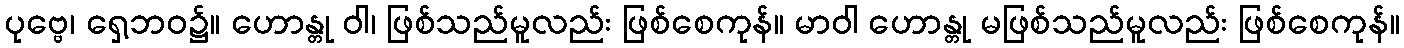
ပုဗ္ဗေ၊ ရှေ့ဘဝ၌။ ဟောန္တု ဝါ၊ ဖြစ်သည်မူလည်း ဖြစ်စေကုန်။ မာဝါ ဟောန္တု မဖြစ်သည်မူလည်း ဖြစ်စေကုန်။